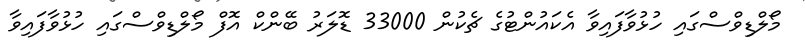
މޯލްޑިވްސްގައި ހުޅުވާފައިވާ އެކައުންޓުގެ ޗެކުން 33000 ޑޮލަރު ބޭންކް އޮފް މޯލްޑިވްސްގައި ހުޅުވާފައިވާ